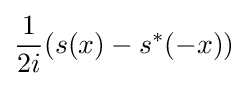
{\frac {1}{2i}}(s(x)-s^{*}(-x))